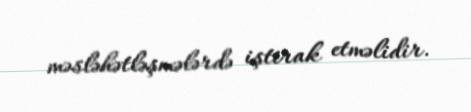
məsləhətləşmələrdə iştirak etməlidir.